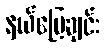
နယ်မြေချင်း